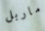
ماربل